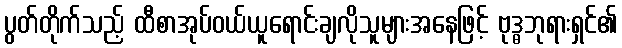
ပွတ်တိုက်သည့် ထီစာအုပ်ဝယ်ယူရောင်းချလိုသူများအနေဖြင့် ဗုဒ္ဓဘုရားရှင်၏